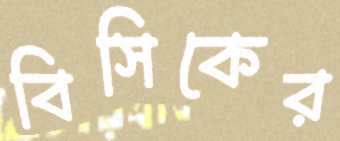
বিসিকের